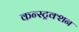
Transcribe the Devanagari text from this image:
कन्स्ट्रक्‍शन